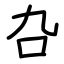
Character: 叴